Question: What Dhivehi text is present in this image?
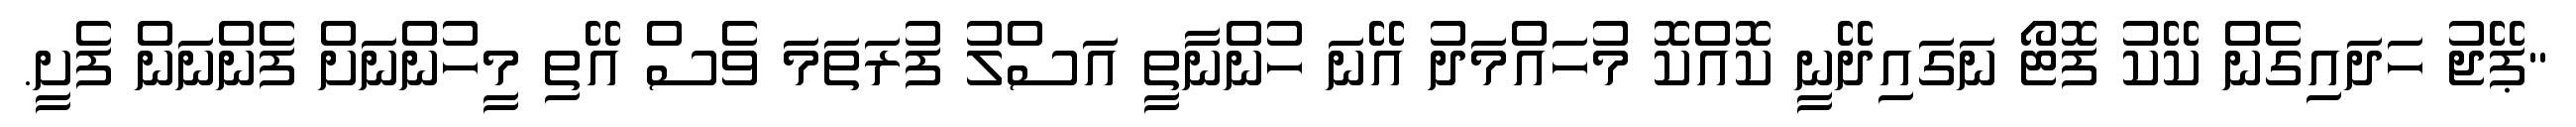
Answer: "ޕޭޖު ހަދައިގެން ކޭކު ފޮޓޯ ނަގައިދޭނީ ކޮއްކޮ މުހައްމަދު އޭނަ ހުންނާތީ އަސްލު ފުރަތަމަ ވެސް އޭތި މީހުންނަށް ފެންނަން ފެށީ.